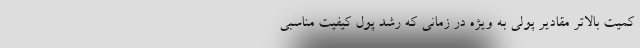
کمیت بالاتر مقادیر پولی به ویژه در زمانی که رشد پول کیفیت مناسبی